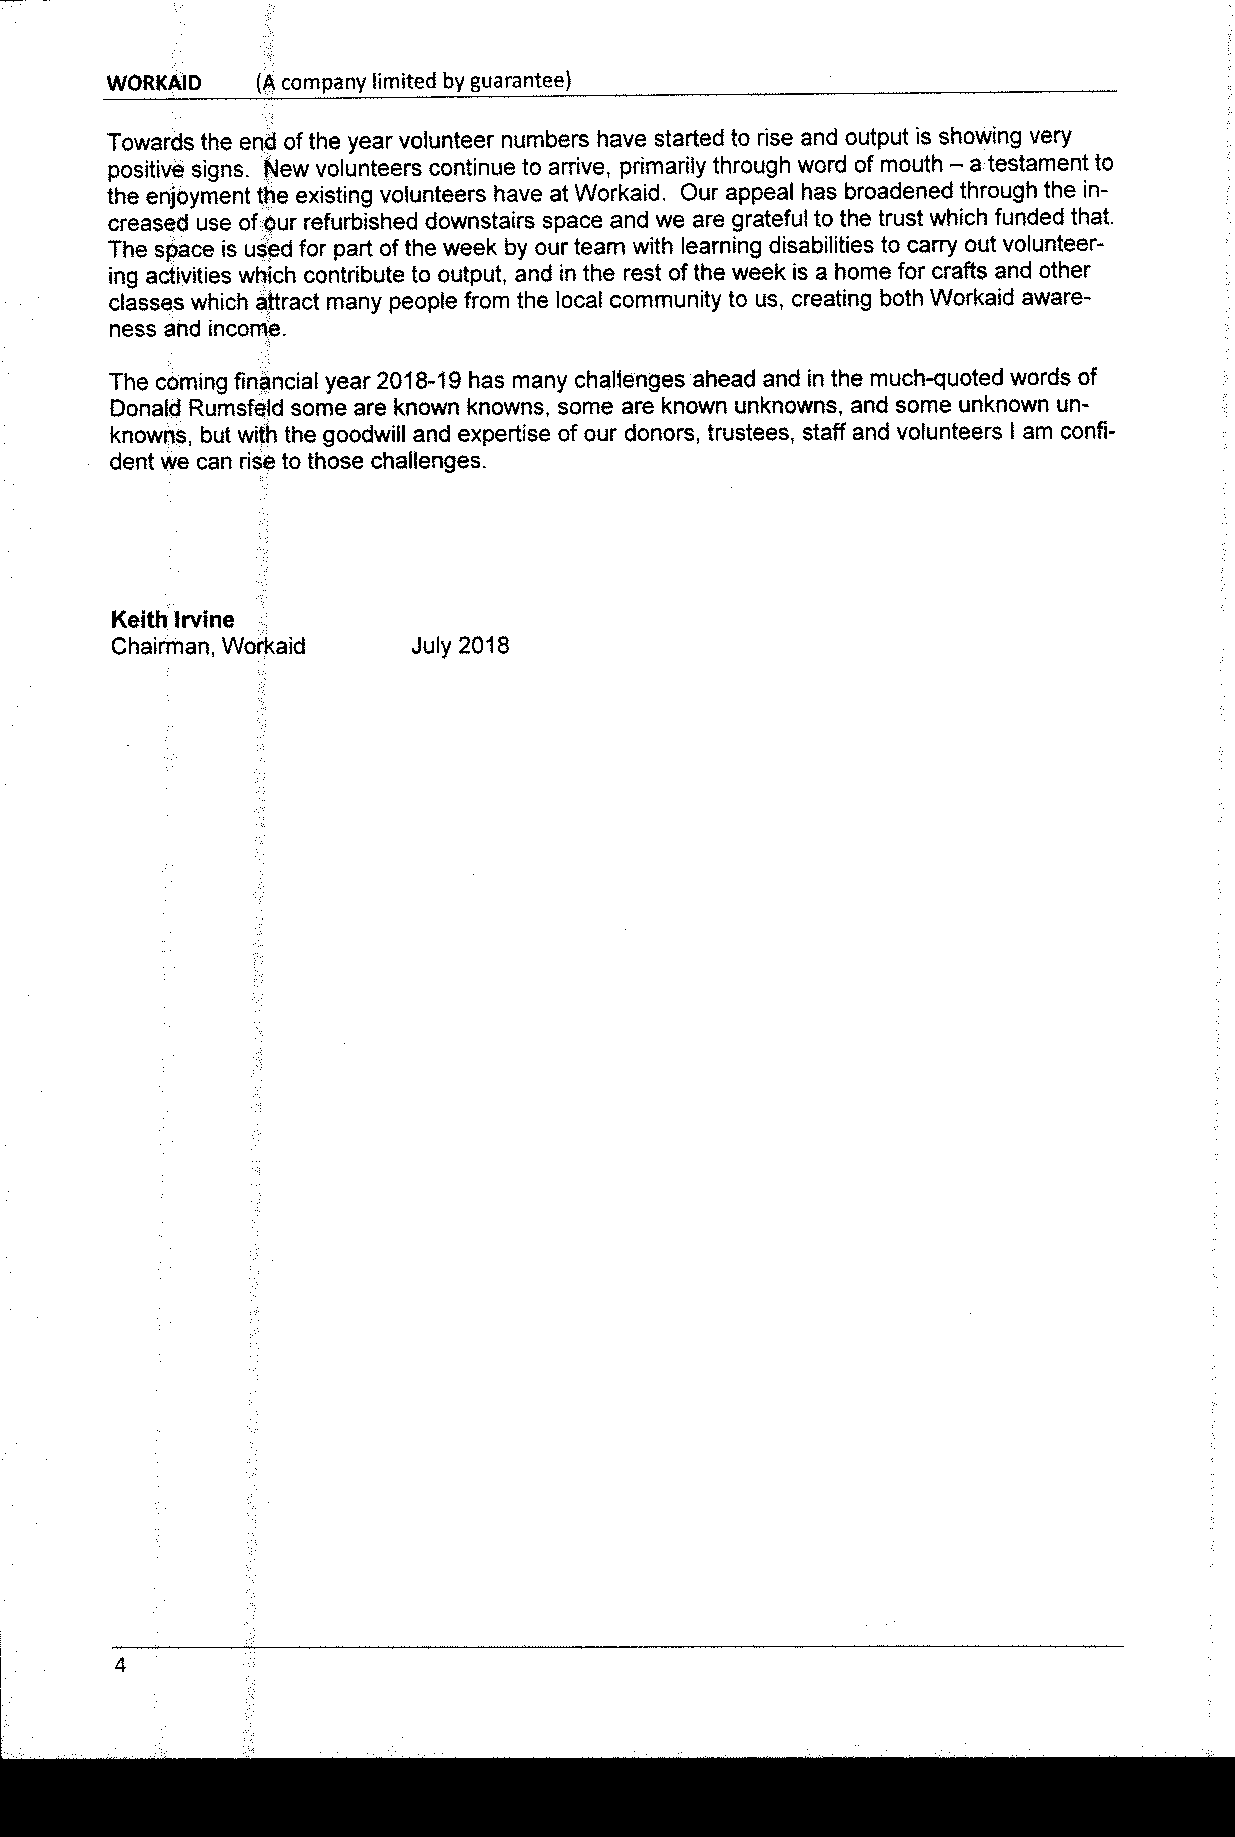
VVORKAID  (A company limited by guarantee)
 Towards the end ofthe year volunteer numbers have started to rise and output is showing very
 positive signs. New volunteers continue to arrive, primarily through word of mouth
 —a
 testament to
 the enjoyment the existing volunteers have at Workaid. Our appeal has broadened through the in-
 creased use ofour refurbished downstairs space and we are grateful to the trust which funded that.
 The space is used for part ofthe week by our team with learning disabilities to carry out volunteer-
 ing activities which contribute to output, and in the rest ofthe week is a home for crafts and other
 classes which attract many people from the local community to us, creating both Workaid aware-
 ness and income.
 The coming financial year 2018-19has many challenges ahead and in the much-quoted words of
 Donald Rumsfeld some are known knowns, some are known unknowns, and some unknown un-
 knowns, but with the goodwill and expertise of our donors, trustees, staff and volunteers l am confi-
 dent we can rise to those challenges.
 Keith cervine
 Chairman, VVorkaid  July 2018